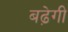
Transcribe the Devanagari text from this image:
बढे़गी